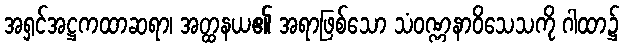
အရှင်အဋ္ဌကထာဆရာ၊ အတ္ထနယ၏ အရာဖြစ်သော သံဝဏ္ဏနာဝိသေသကို ဂါထာ၌